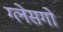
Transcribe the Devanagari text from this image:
ग्लेसगो